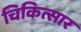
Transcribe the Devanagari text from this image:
चिकित्सार